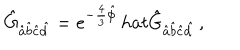
\hat { G } _ { \hat { a } \hat { b } \hat { c } \hat { d } } = e ^ { - \frac { 4 } { 3 } \hat { \phi } } \, h a t { \hat { G } } _ { \hat { a } \hat { b } \hat { c } \hat { d } } \, ,